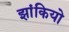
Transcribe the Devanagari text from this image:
झांकियो